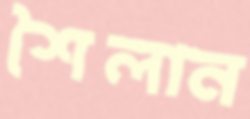
শৈলান